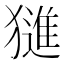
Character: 𱮣